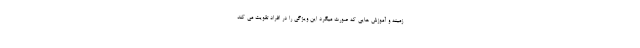
زمینه و آموزش هایی که صورت میگرد این ویژگی را در افراد تقویت می کند